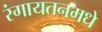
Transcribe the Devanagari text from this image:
रंगायतनमधे